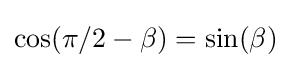
\cos(\pi /2-\beta )=\sin(\beta )